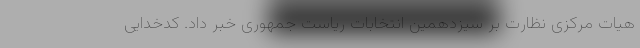
هیات مرکزی نظارت بر سیزدهمین انتخابات ریاست جمهوری خبر داد. کدخدایی